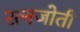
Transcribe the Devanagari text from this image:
रत्नजोती